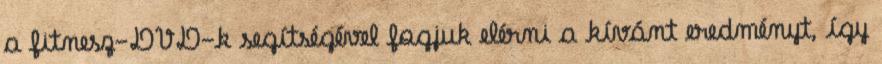
a fitnesz-DVD-k segítségével fogjuk elérni a kívánt eredményt, így